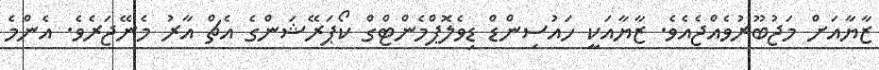
ޒާޔާއަށް މަޖުބޫރުވެއްޖެއެވެ. ޒާޔާއަކީ ހައުސިންޑް ޑިވެލޮޕްމެންޓްގް ކޯޕަރޭޝަންގެ އެޗް އާރު މެނޭޖަރެވެ. އެންމެ